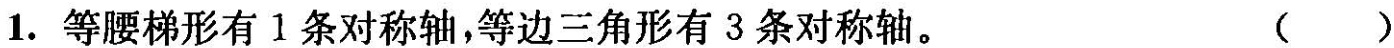
1.等腰梯形有1条对称轴，等边三角形有3条对称轴。()